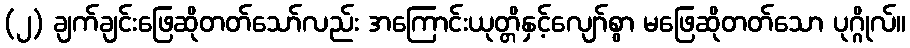
(၂) ချက်ချင်းဖြေဆိုတတ်သော်လည်း အကြောင်းယုတ္တိနှင့်လျော်စွာ မဖြေဆိုတတ်သော ပုဂ္ဂိုလ်။